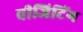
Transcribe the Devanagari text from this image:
वीजिटिंग